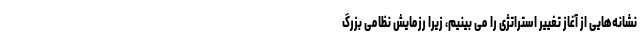
نشانه‌هایی از آغاز تغییر استراتژی را می بینیم، زیرا رزمایش نظامی بزرگ